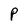
Character: P